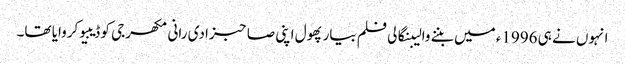
انہوں نے ہی 1996ء میں بننے والیبنگالی فلم بیار پھول اپنی صاحبزادی رانی مکھرجی کو ڈیبیو کروایا تھا۔